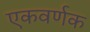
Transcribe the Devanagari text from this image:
एकवर्णक